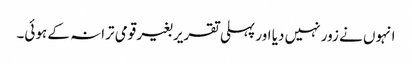
انہوں نے زور نہیں دیا اور پہلی تقریر بغیر قومی ترانہ کے ہوئی۔